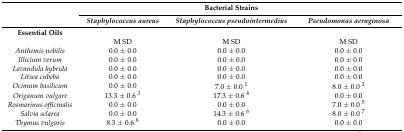
| <ROWSPAN=2>  |  | Bacterial Strains |  |
 | Staphylococcus aureus | Staphylococcus pseudointermedius | Pseudomonas aeruginosa |
 | --- | --- | --- | --- |
 | Essential Oils |  |  |  |
 |  | M SD | M SD | M SD |
 | Anthemis nobilis | 0.0 ± 0.0 | 0.0 ± 0.0 | 0.0 ± 0.0 |
 | Illicium verum | 0.0 ± 0.0 | 0.0 ± 0.0 | 0.0 ± 0.0 |
 | Lavandula hybrida | 0.0 ± 0.0 | 0.0 ± 0.0 | 0.0 ± 0.0 |
 | Litsea cubeba | 0.0 ± 0.0 | 0.0 ± 0.0 | 0.0 ± 0.0 |
 | Ocimum basilicum | 0.0 ± 0.0 | 7.0 ± 0.0 1 | 8.0 ± 0.0 2 |
 | Origanum vulgare | 13.3 ± 0.6 3 | 17.3 ± 0.6 4 | 0.0 ± 0.0 |
 | Rosmarinus officinalis | 0.0 ± 0.0 | 0.0 ± 0.0 | 7.0 ± 0.0 5 |
 | Salvia sclarea | 0.0 ± 0.0 | 14.3 ± 0.6 6 | 8.0 ± 0.0 7 |
 | Thymus vulgaris | 8.3 ± 0.6 8 | 0.0 ± 0.0 | 0.0 ± 0.0 |